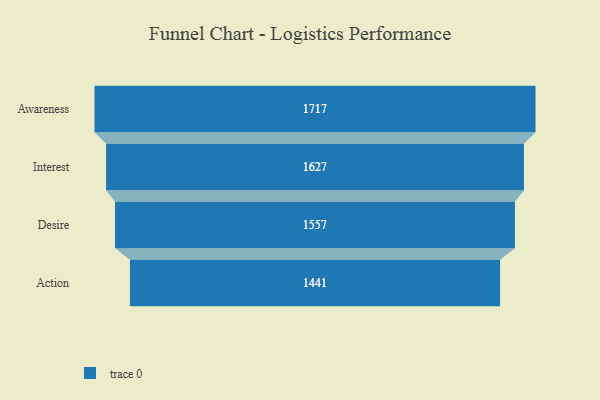
{"axis": {"x": "Stage", "y": "Value"}, "legend": [""], "data": [{"x": "Awareness", "y": 1717.0, "type": ""}, {"x": "Interest", "y": 1627.0, "type": ""}, {"x": "Desire", "y": 1557.0, "type": ""}, {"x": "Action", "y": 1441.0, "type": ""}]}